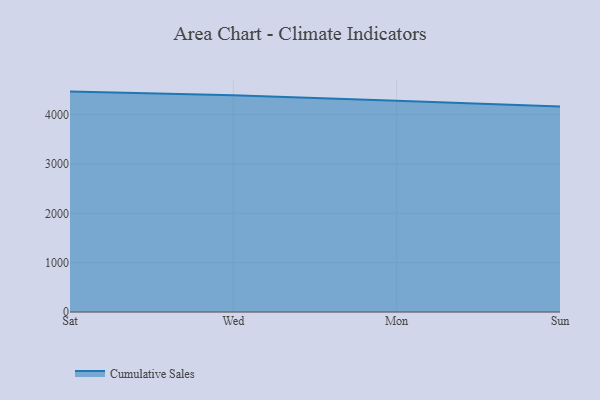
{"axis": {"x": "Day", "y": "Page Views"}, "legend": ["Cumulative Sales"], "data": [{"x": "Sat", "y": 4466.6, "type": "Cumulative Sales"}, {"x": "Wed", "y": 4393.9, "type": "Cumulative Sales"}, {"x": "Mon", "y": 4282.4, "type": "Cumulative Sales"}, {"x": "Sun", "y": 4164.7, "type": "Cumulative Sales"}]}